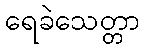
ရေခဲသေတ္တာ